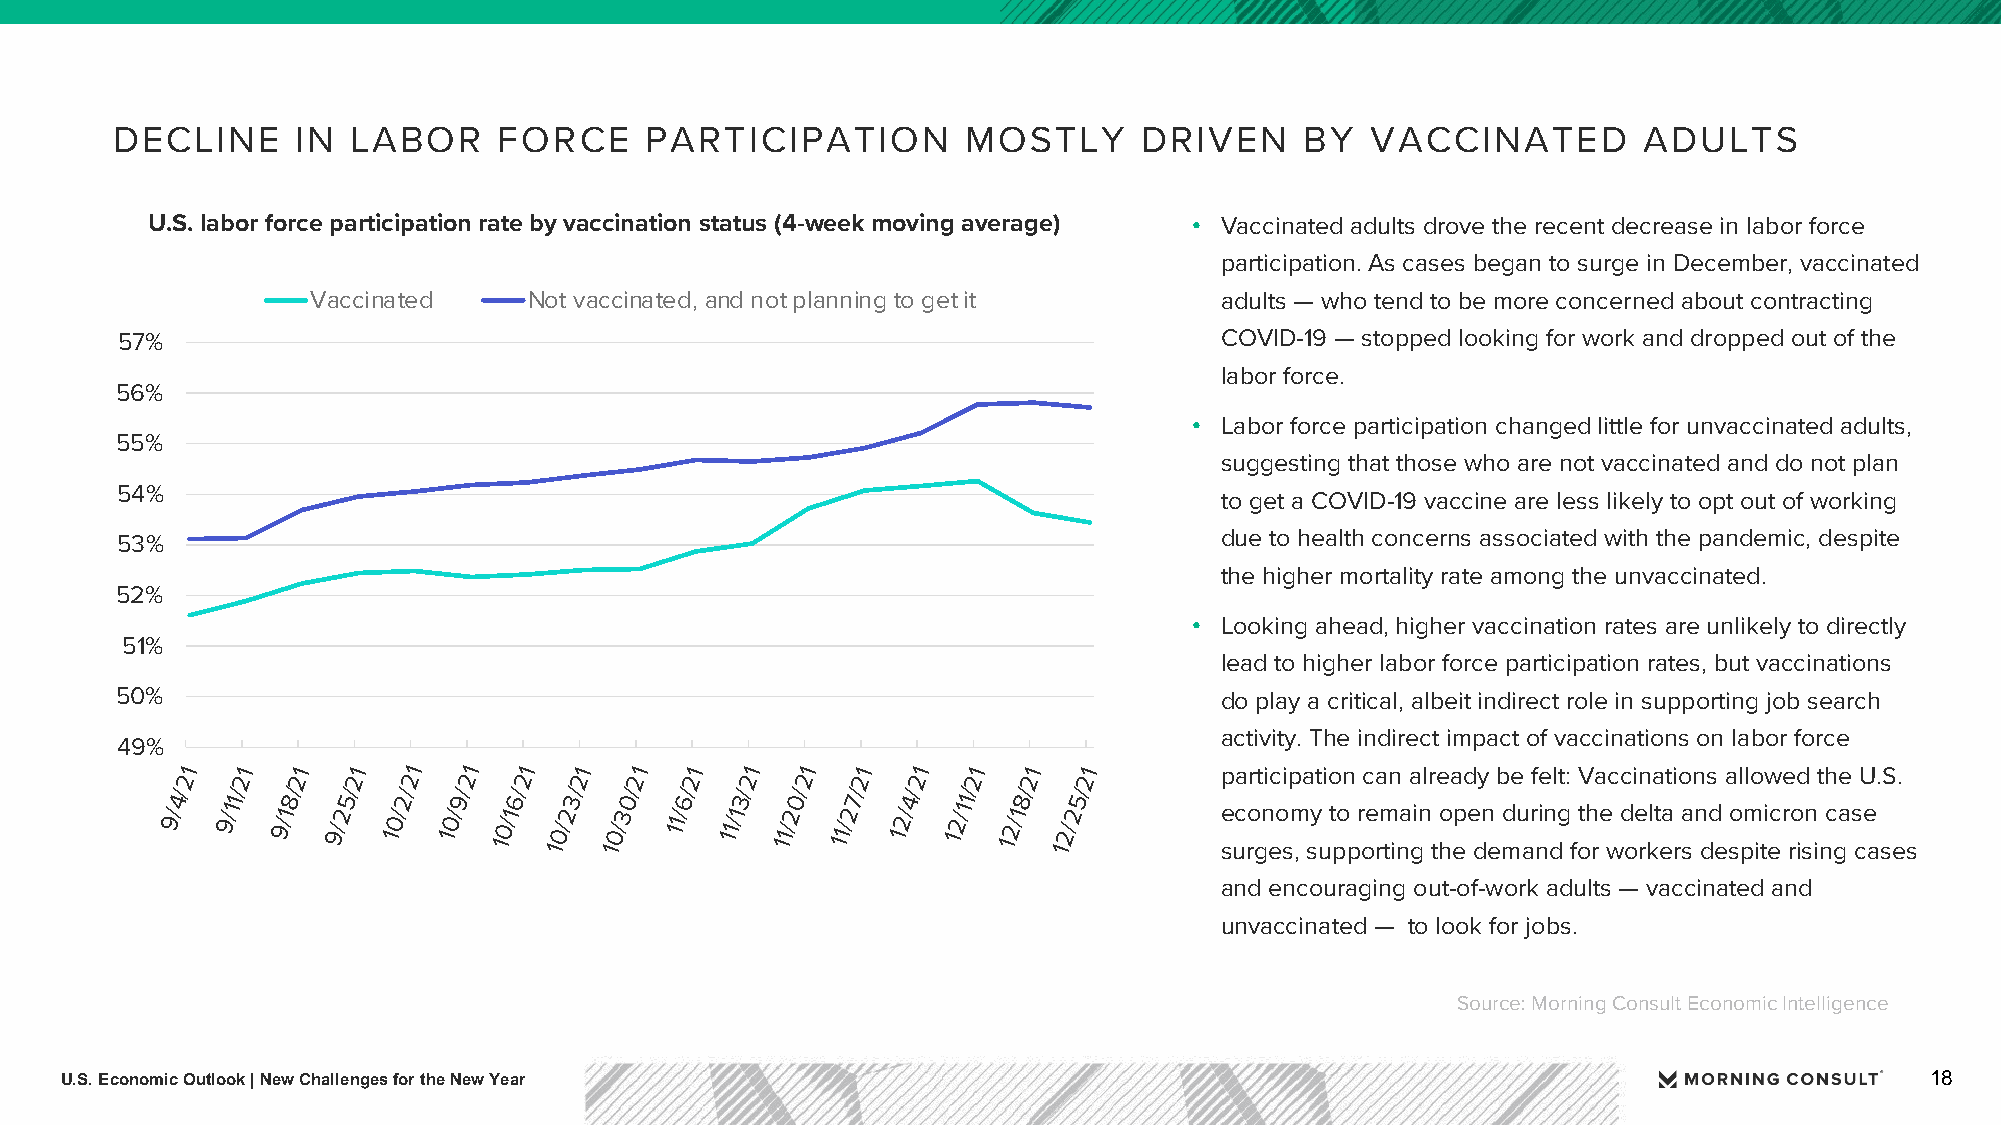
DECLINE      IN LABOR     FORCE     PARTICIPATION        MOSTLY      DRIVEN    BY   VACCINATED        ADULTS
 U.S. labor force participation rate by vaccination status (4-week moving average) • Vaccinated adults drove the recent decrease in labor force
 participation. As cases began to surge in December, vaccinated
 Vaccinated    Not vaccinated, and not planning to get it    adults — who tend to be more concerned about contracting
 57%                                                                      COVID-19 — stopped looking for work and dropped out of the
 labor force.
 56%
 • Labor force participation changed little for unvaccinated adults,
 55%
 suggesting that those who are not vaccinated and do not plan
 54%
 to get a COVID-19 vaccine are less likely to opt out of working
 53%                                                                      due to health concerns associated with the pandemic, despite
 the higher mortality rate among the unvaccinated.
 52%
 • Looking ahead, higher vaccination rates are unlikely to directly
 51%
 lead to higher labor force participation rates, but vaccinations
 50%                                                                      do play a critical, albeit indirect role in supporting job search
 activity. The indirect impact of vaccinations on labor force
 49%
 21  21 21  21  21 21  21  21  21 21  21  21 21  21  21  21 21        participation can already be felt: Vaccinations allowed the U.S.
 4/  1/  8/  5/ 2/  9/  6/ 3/  0/  6/  3/ 0/  7/  4/ 1/  8/  5/
 9/ 9/1 9/1 9/2 10/ 10/ 10/1 10/2 10/3 11/ 11/1 11/2 11/2 12/ 12/1 12/1 12/2 e suc ro gn eo sm
 ,
 sy
 u
 t po
 p
 r oe rm tina gin
 t
 ho ep e dn
 e
 mdu ar nin dg
 f
 oth
 r
 e
 w
 d oe rklt ea
 r
 a
 s
 n dd
 e
 so pm iti ec r ro isn
 i
 nc ga s ce
 a ses
 and encouraging out-of-work adults — vaccinated and
 unvaccinated — to look for jobs.
 Source: Morning Consult Economic Intelligence
 U.S. Economic Outlook | New Challenges for the New Year                                                                     18